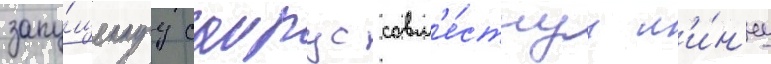
запу́щеннуу саирус совм'е́стнуу л'и́н'иу